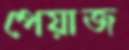
পেয়াজ